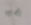
في